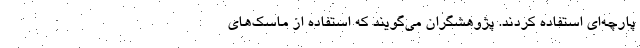
پارچه‌ای استفاده کردند. پژوهشگران می‌گویند که استفاده از ماسک‌های